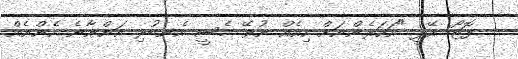
--- ފޮޓޯ: އޭޕީ "އަހަރެންނަށް ހިއެއް ނުވޭ މެސީ އެނބުރި އަންނާނެ ހެންނެއް.